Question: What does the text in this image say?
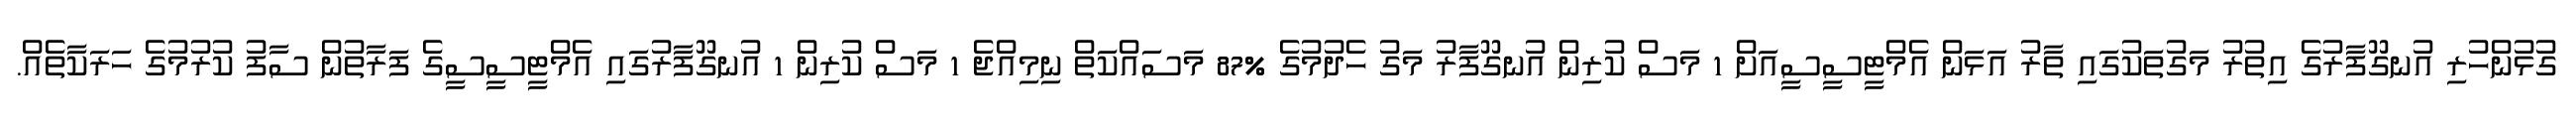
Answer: ގުޅުންހުރި އުނގޫފާރުގެ އިތުރު މަގުތަކުގައި ތާރު އަޅަން އެމްޓީސީސީއަށް 1 މަސް ކުރިން އުނގޫފާރު މަގު ހެދުމުގެ %87 މަސައްކަތް ނިމިއްޖެ 1 މަސް ކުރިން 1 އުނގޫފާރުގައި އެމްޓީސީސީގެ ފަރާތުން ސާފު ކުރުމުގެ ހަރަކާތެއް.